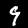
Label: 9